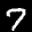
Label: 7